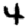
Digit: 4